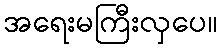
အရေးမကြီးလှပေ။